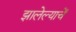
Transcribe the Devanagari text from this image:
झालेल्याचें